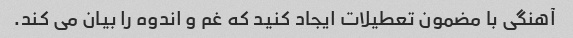
آهنگی با مضمون تعطیلات ایجاد کنید که غم و اندوه را بیان می کند.